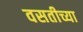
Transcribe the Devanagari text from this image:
वसतीच्या